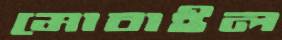
মোবাইল